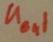
Text: UOut